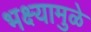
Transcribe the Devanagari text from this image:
भक्ष्यामुळे